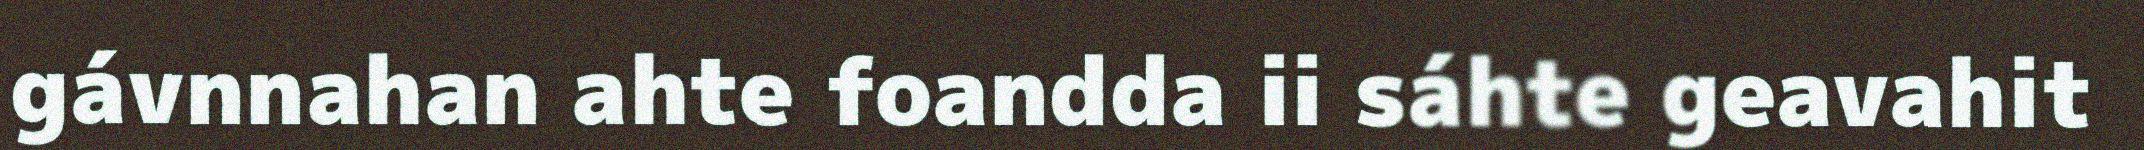
gávnnahan ahte foandda ii sáhte geavahit